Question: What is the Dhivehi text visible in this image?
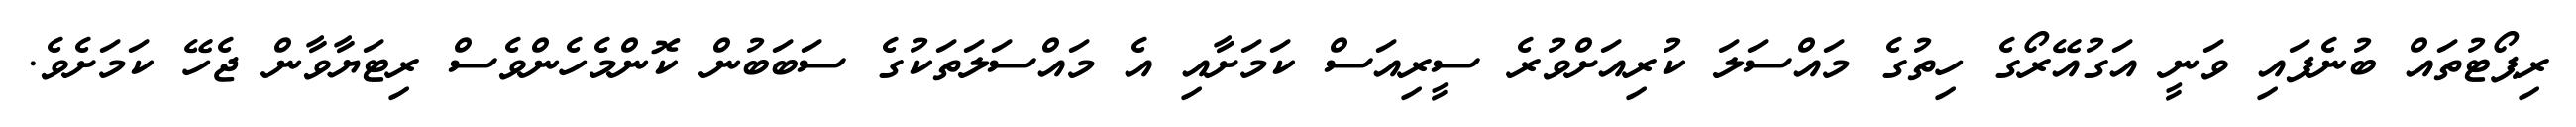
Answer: ރިޕޯޓުތައް ބުނެފައި ވަނީ އަގުއޭރޯގެ ހިތުގެ މައްސަލަ ކުރިއަށްވުރެ ސީރިއަސް ކަމަށާއި އެ މައްސަލަތަކުގެ ސަބަބުން ކޮންމެހެންވެސް ރިޓަޔާވާން ޖެހޭ ކަމަށެވެ.